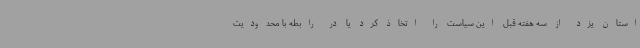
استان یزد از سه هفته قبل این سیاست را اتخاذ کرد یا در رابطه با محدودیت